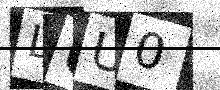
Text: LUU0